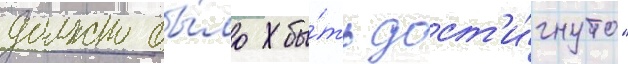
должно бы́ло бы́ть дост'и́гнуто"